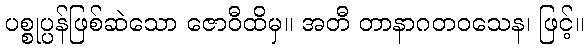
ပစ္စုပ္ပန်ဖြစ်ဆဲသော ဇောဝီထိမှ။ အတီ တာနာဂတဝသေန၊ ဖြင့်။